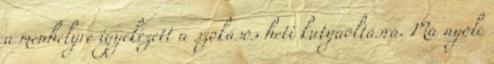
a menhelyre igyekezett a szokásos heti kutyaoltásra. Ma nyolc